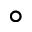
^ { \circ }